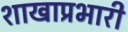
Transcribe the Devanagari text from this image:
शाखाप्रभारी